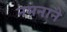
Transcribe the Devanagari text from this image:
नमनाने